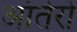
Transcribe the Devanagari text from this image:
आंतेरो